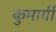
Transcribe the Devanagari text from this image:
कुमार्गी